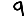
Digit: 9